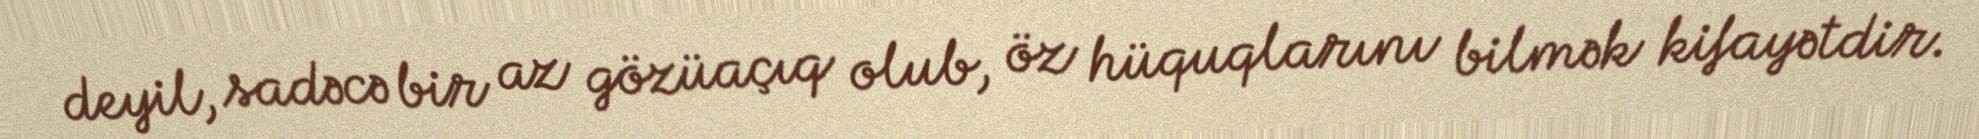
deyil, sadəcə bir az gözüaçıq olub, öz hüquqlarını bilmək kifayətdir.